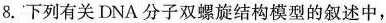
8.下列有关DNA分子双螺旋结构模型的叙述中，